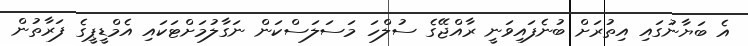
އެ ބަޔާނުގައި އިތުރަށް ބުނެފައިވަނީ ރާއްޖޭގެ ސުލްހަ މަސަލަސްކަން ނަގާލުމަށްޓަކައި އެމްޑީޕީގެ ފަރާތުން